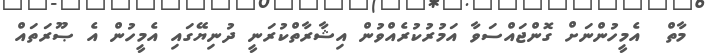
މާތް  އެމީހުންނަށް ގޮންޖައްސަވާ އަމުރުކުރެއްވުން އިޝާރާތްކުރަނީ ދުނިޔޭގައި އެމީހުން އެ ޞޫރަތައް